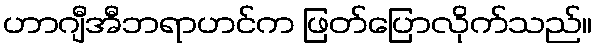
ဟာဂျီအီဘရာဟင်က ဖြတ်ပြောလိုက်သည်။